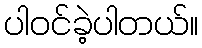
ပါဝင်ခဲ့ပါတယ်။